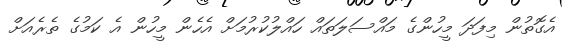
އެގޮތުން މިފަދަ މީހުންގެ މައްސަލަތައް ހައްލުކުރުމަށް އެހެން މީހުން އެ ކަމުގެ ތެރެއަށް